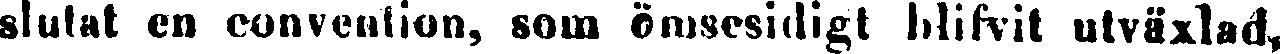
slutat en convention, som ömsesidigt blifvit utväxlad.